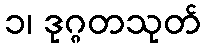
၁၊ ဒုဂ္ဂတသုတ်